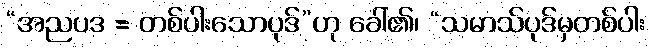
“အညပဒ = တစ်ပါးသောပုဒ်”ဟု ခေါ်၏၊ “သမာသ်ပုဒ်မှတစ်ပါး